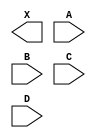
module sky130_fd_sc_hdll__and4 (
    X,
    A,
    B,
    C,
    D
);

    output X;
    input  A;
    input  B;
    input  C;
    input  D;

    // Voltage supply signals
    supply1 VPWR;
    supply0 VGND;
    supply1 VPB ;
    supply0 VNB ;

endmodule